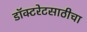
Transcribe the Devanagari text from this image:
डॉक्टरेटसाठीचा